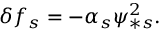
\delta f _ { s } = - \alpha _ { s } \psi _ { \ast s } ^ { 2 } .